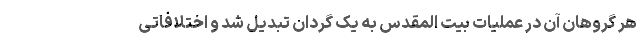
هر گروهان آن در عملیات بیت المقدس به یک گردان تبدیل شد و اختلافاتی